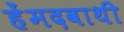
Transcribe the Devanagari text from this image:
हेंमदवाथी